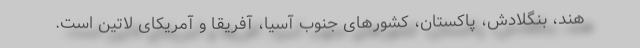
هند، بنگلادش، پاکستان، کشورهای جنوب آسیا، آفریقا و آمریکای لاتین است.